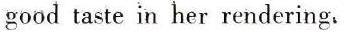
good taste in her rendering.